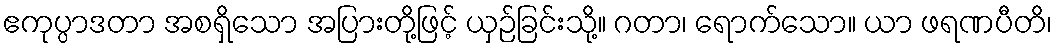
ဧကုပ္ပာဒတာ အစရှိသော အပြားတို့ဖြင့် ယှဉ်ခြင်းသို့။ ဂတာ၊ ရောက်သော။ ယာ ဖရဏပီတိ၊